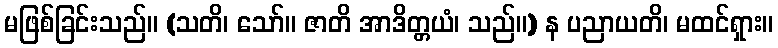
မဖြစ်ခြင်းသည်။ (သတိ၊ သော်။ ဇာတိ အာဒိတ္တယံ၊ သည်။) န ပညာယတိ၊ မထင်ရှား။